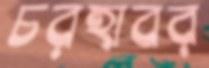
চরহাবর